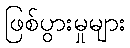
ဖြစ်ပွားမှုများ